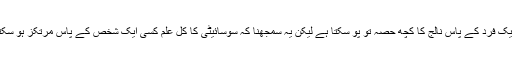
کسی ایک فرد کے پاس نالج کا کچھ حصہ تو پو سکتا ہے لیکن یہ سمجھنا کہ سوسائیٹی کا کل علم کسی ایک شخص کے پاس مرتکز ہو سکتا ہے۔